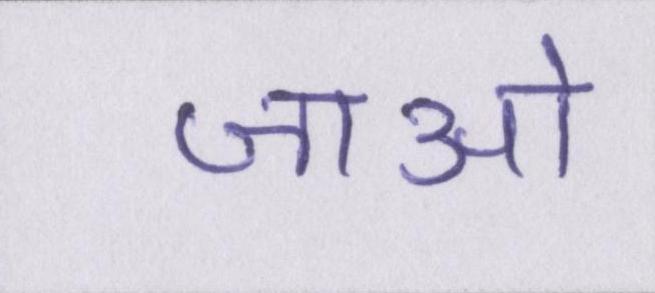
जाओ